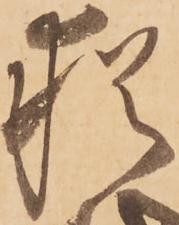
猶